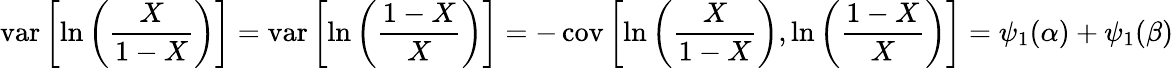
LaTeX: \operatorname{var}\left[\ln\left({\frac{X}{1-X}}\right)\right]=\operatorname{var}\left[\ln\left({\frac{1-X}{X}}\right)\right]=-\operatorname{cov}\left[\ln\left({\frac{X}{1-X}}\right),\ln\left({\frac{1-X}{X}}\right)\right]=\psi_{1}(\alpha)+\psi_{1}(\beta)